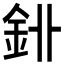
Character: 𨥑